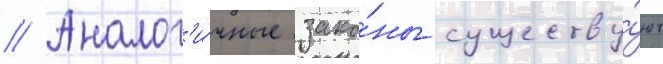
// Аналог'и́чные зако́ны существу́ют